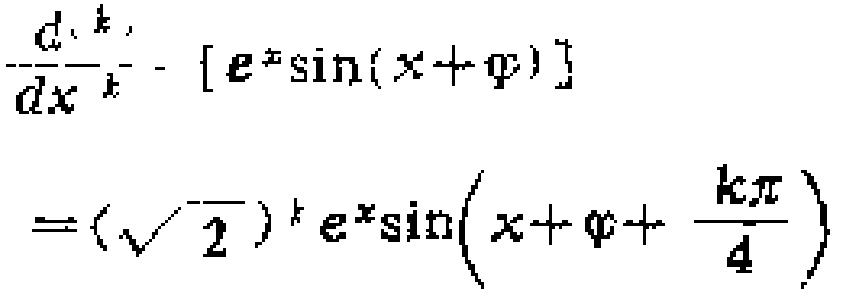
\[\frac{d^{k}}{dx^{k}} \cdot [e^{x}\sin(x + \varphi)] = (\sqrt{2})^{k}e^{x}\sin\left(x + \varphi+\frac{k\pi}{4}\right)\]